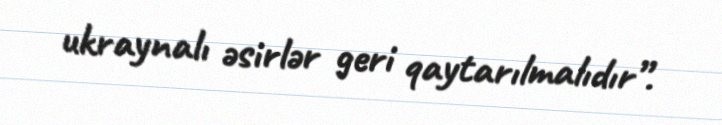
ukraynalı əsirlər geri qaytarılmalıdır”.